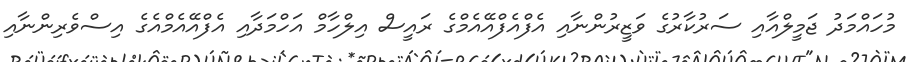
މުހައްމަދު ޖަމީލްއާއި ސަރުކާރުގެ ވަޒީރުންނާއި އެފްއެފްއޭއެމްގެ ރައީސް އިލްހާމް އަހްމަދާއި އެފްއޭއެމްއެގެ އިސްވެރިންނާއި